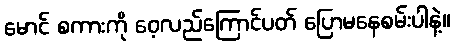
မောင် စကားကို ဝေ့လည်ကြောင်ပတ် ပြောမနေစမ်းပါနဲ့။